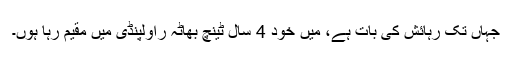
جہاں تک رہائش کی بات ہے، میں خود 4 سال ٹینچ بھاٹہ راولپنڈی میں مقیم رہا ہوں۔